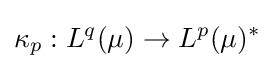
\kappa _{p}:L^{q}(\mu )\to L^{p}(\mu )^{*}